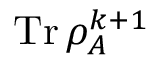
\operatorname { T r } { \rho _ { A } ^ { k + 1 } }